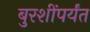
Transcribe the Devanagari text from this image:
बुरशींपर्यंत